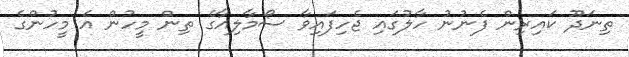
ތިނަދޫ ކައިރިން ފެނުނު ހާލުގައި ޖެހިފައިވާ ސޯމާލިއާގެ ތިން މީހުން އެ މީހުންގެ